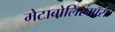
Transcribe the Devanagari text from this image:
मेटाबोलिस्मॉस